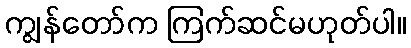
ကျွန်တော်က ကြက်ဆင်မဟုတ်ပါ။